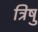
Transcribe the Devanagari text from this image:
त्रिषु